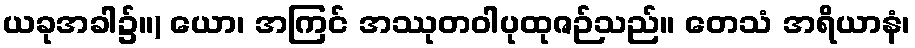
ယခုအခါ၌။) ယော၊ အကြင် အဿုတဝါပုထုဇဉ်သည်။ တေသံ အရိယာနံ၊